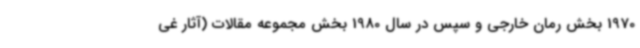
1970 بخش‌ رمان خارجی و سپس در سال 1980 بخش مجموعه مقالات (آثار غی